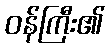
ဝန်ကြီး၏